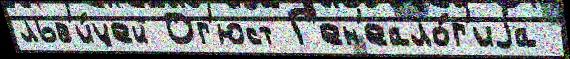
льв'и́цей Ог'юст Г'ен'еало́г'иjа